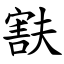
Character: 㝬